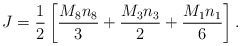
\begin{align*}J = {1\over 2} \left [ {{M_8 n_8}\over 3} + {{M_3 n_3}\over 2} + {{M_1 n_1} \over 6} \right ].\end{align*}